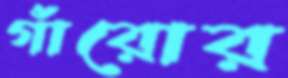
গাঁরোর